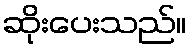
ဆိုးပေးသည်။